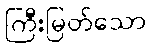
ကြီးမြတ်သော